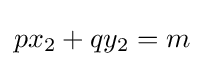
px_{2}+qy_{2}=m